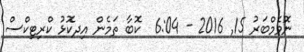
ނޮވެމްބަރު 15